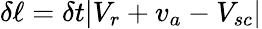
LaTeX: \delta\ell=\delta t|V_{r}+v_{a}-V_{sc}|